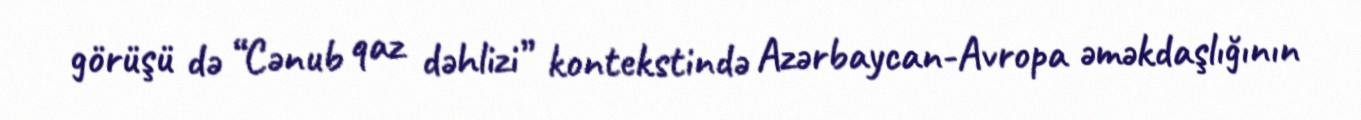
görüşü də “Cənub qaz dəhlizi” kontekstində Azərbaycan-Avropa əməkdaşlığının